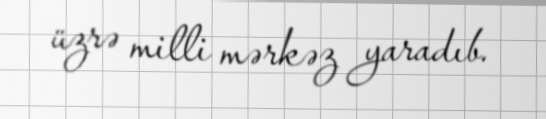
üzrə milli mərkəz yaradıb.